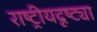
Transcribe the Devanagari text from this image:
राष्‍ट्रीयदृष्ट्या